331_120752_Numeric_Files_1944–1945_37153_German_Armament_Equipment_Documents
Agency: Department of War
Incident date: 3/18/45
Incident location: Germany
Page 10
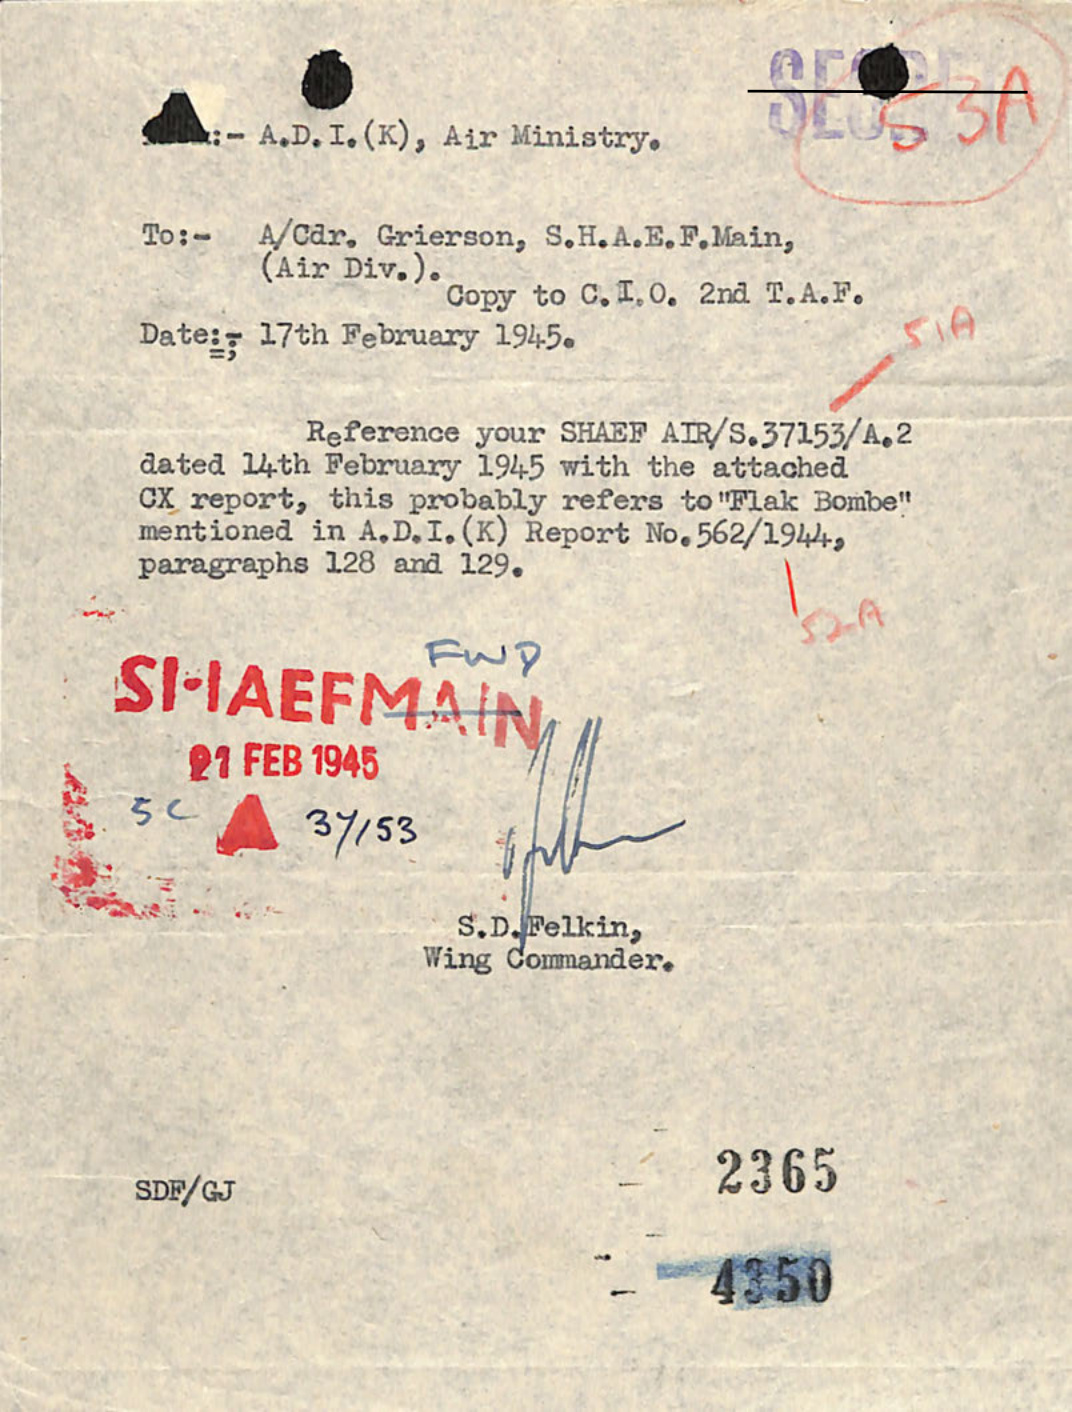